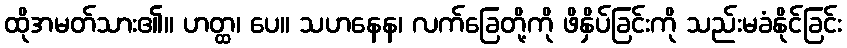
ထိုအမတ်သား၏။ ဟတ္ထ၊ ပေ။ သဟနေန၊ လက်ခြေတို့ကို ဖိနှိပ်ခြင်းကို သည်းမခံနိုင်ခြင်း